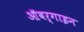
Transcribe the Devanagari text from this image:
ऑबर्गाइन